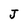
Character: J